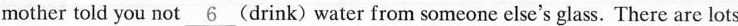
mother told you not\underline{6}(drink) water from someone else's glass. There are lots